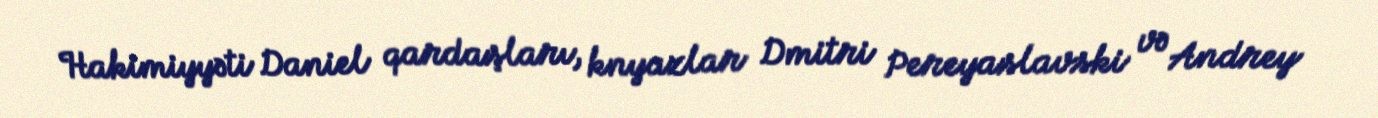
Hakimiyyəti Daniel qardaşları, knyazlar Dmitri Pereyaslavski və Andrey